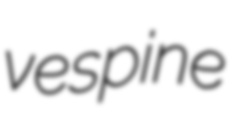
vespine